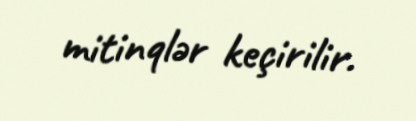
mitinqlər keçirilir.